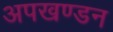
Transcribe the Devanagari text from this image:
अपखण्डन